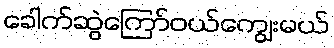
ခေါက်ဆွဲကြော်ဝယ်ကျွေးမယ်